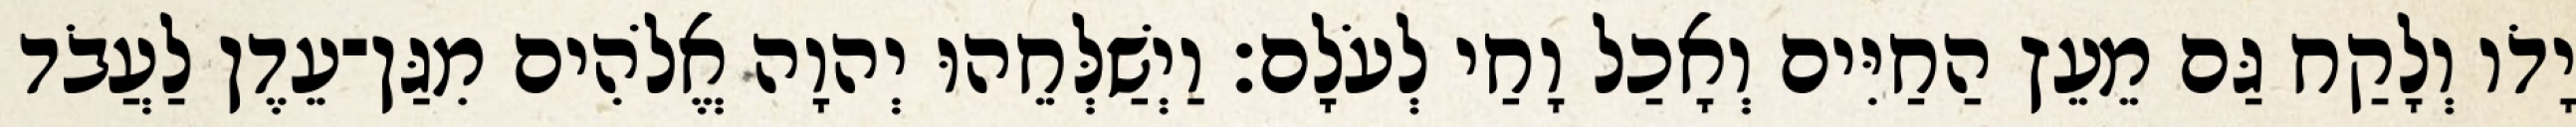
יָדֹו וְלָקַח גַּם מֵעֵץ הַחַיִּים וְאָכַל וָחַי לְעֹלָם׃ וַיְשַׁלְּחֵהוּ יְהוָה אֱלֹהִים מִגַּן־עֵדֶן לַעֲבֹד